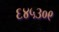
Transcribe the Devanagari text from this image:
६४५३०९